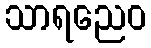
သာရညေဝ